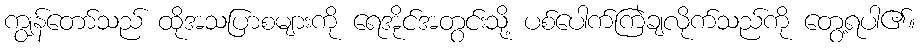
ကျွန်တော်သည် ထိုအသပြာစများကို ရေအိုင်အတွင်းသို့ ပစ်ပေါက်ကြဲချလိုက်သည်ကို တွေ့ရပါ၏။